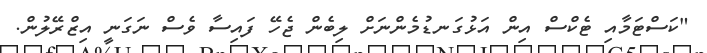
"ކަސްޓަމާއި ޓެކްސް އިން އަޅުގަނޑުމެންނަށް ލިބެން ޖެހޭ ފައިސާ ވެސް ނަގަނީ އިޒްރޭލުން.